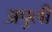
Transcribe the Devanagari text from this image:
अपुलीं